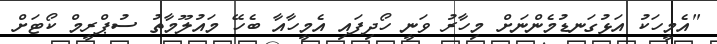
"އެމީހަކު އަޅުގަނޑުމެންނަށް މިހާރު ވަނީ ހޯދިފައި އެމީހާއާ ބެހޭ މައުލޫމާތު ސުޕްރީމް ކޯޓަށް